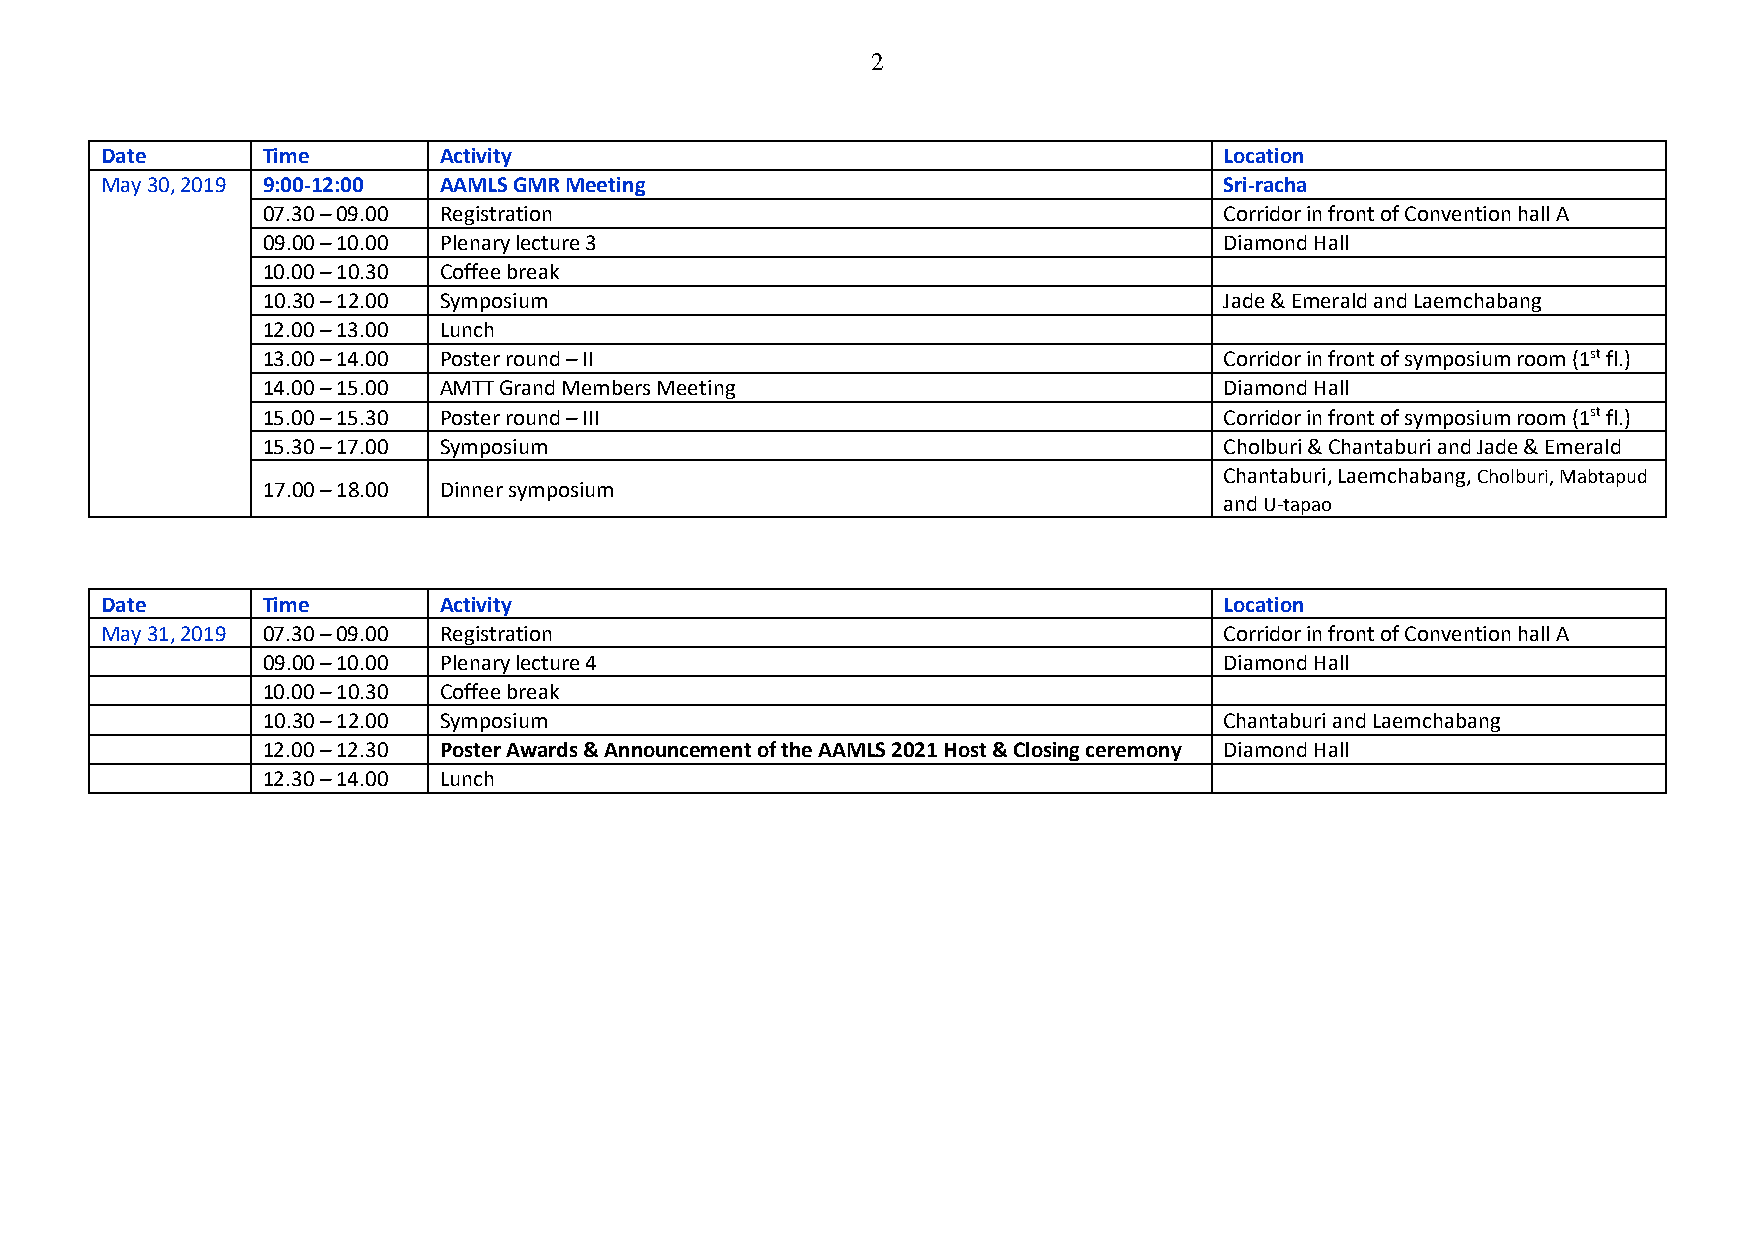
2
 Date      Time        Activity                                            Location
 May 30, 2019 9:00-12:00 AAMLS GMR Meeting                                 Sri-racha
 07.30 – 09.00 Registration                                      Corridor in front of Convention hall A
 09.00 – 10.00 Plenary lecture 3                                 Diamond Hall
 10.00 – 10.30 Coffee break
 10.30 – 12.00 Symposium                                         Jade & Emerald and Laemchabang
 12.00 – 13.00 Lunch
 13.00 – 14.00 Poster round – II                                 Corridor in front of symposium room (1st fl.)
 14.00 – 15.00 AMTT Grand Members Meeting                        Diamond Hall
 15.00 – 15.30 Poster round – III                                Corridor in front of symposium room (1st fl.)
 15.30 – 17.00 Symposium                                         Cholburi & Chantaburi and Jade & Emerald
 Chantaburi, Laemchabang, Cholburi, Mabtapud
 17.00 – 18.00 Dinner symposium
 and U-tapao
 Date      Time        Activity                                            Location
 May 31, 2019 07.30 – 09.00 Registration                                   Corridor in front of Convention hall A
 09.00 – 10.00 Plenary lecture 4                                 Diamond Hall
 10.00 – 10.30 Coffee break
 10.30 – 12.00 Symposium                                         Chantaburi and Laemchabang
 12.00 – 12.30 Poster Awards & Announcement of the AAMLS 2021 Host & Closing ceremony Diamond Hall
 12.30 – 14.00 Lunch